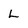
Character: L